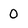
Character: 0